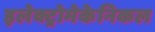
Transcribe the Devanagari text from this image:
इलेक्ट्रोमेकेनिकल